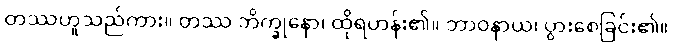
တဿဟူသည်ကား။ တဿ ဘိက္ခုနော၊ ထိုရဟန်း၏။ ဘာဝနာယ၊ ပွားစေခြင်း၏။